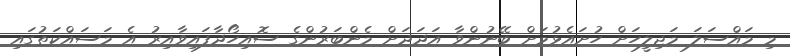
މި މައްސަލަ މަޖިލީހަށް ހުށައެޅުމަށް ބޭނުންވާ އަދަދަށް މެންބަރުންގެ ސޮއިހޯދާފައިވާއިރު އެ މަސައްކަތުގައި